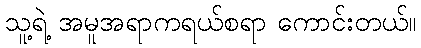
သူ့ရဲ့ အမူအရာကရယ်စရာ ကောင်းတယ်။